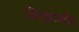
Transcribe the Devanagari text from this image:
बिरहम्बीर